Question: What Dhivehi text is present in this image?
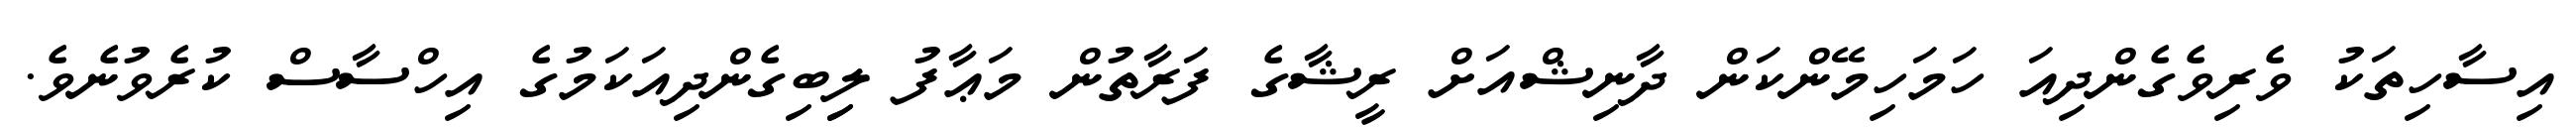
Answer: އިސާހިތަކު ވެރިވެގެންދިއަ ހަމަހިމޭންކަން ދާނިޝްއަށް ރީޝާގެ ފަރާތުން މަޢާފު ލިިބިގެންދިއަކަމުގެ އިހްސާސް ކުރެވުނެވެ.